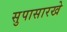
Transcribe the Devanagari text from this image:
सुपासारखे